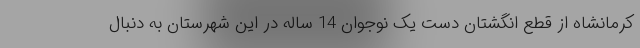
کرمانشاه از قطع انگشتان دست یک نوجوان 14 ساله در این شهرستان به دنبال